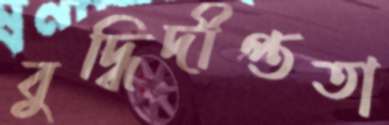
বুদ্ধিদীপ্ততা